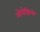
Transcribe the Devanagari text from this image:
ओनोफ़्रियो